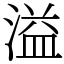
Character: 溢